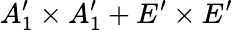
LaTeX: A_{1}^{\prime}\times A_{1}^{\prime}+E^{\prime}\times E^{\prime}